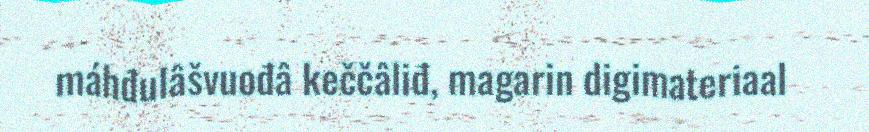
máhđulâšvuođâ keččâliđ, magarin digimateriaal